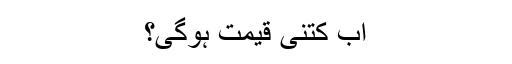
اب کتنی قیمت ہوگی؟